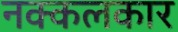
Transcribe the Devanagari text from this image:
नक्कलकार